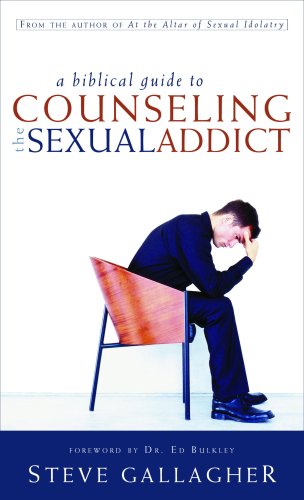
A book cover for A Biblical Guide to Counseling the Sexual Addict; Steve Gallagher; Health, Fitness & Dieting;